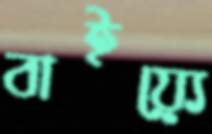
বাইয়্যে